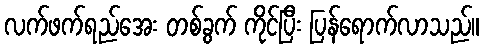
လက်ဖက်ရည်အေး တစ်ခွက် ကိုင်ပြီး ပြန်ရောက်လာသည်။